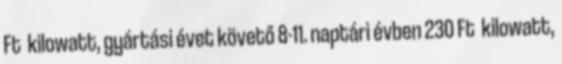
Ft kilowatt, gyártási évet követő 8-11. naptári évben 230 Ft kilowatt,